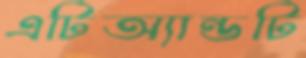
এটিঅ্যান্ডটি